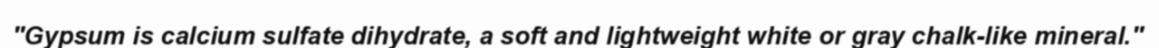
"Gypsum is calcium sulfate dihydrate, a soft and lightweight white or gray chalk-like mineral."